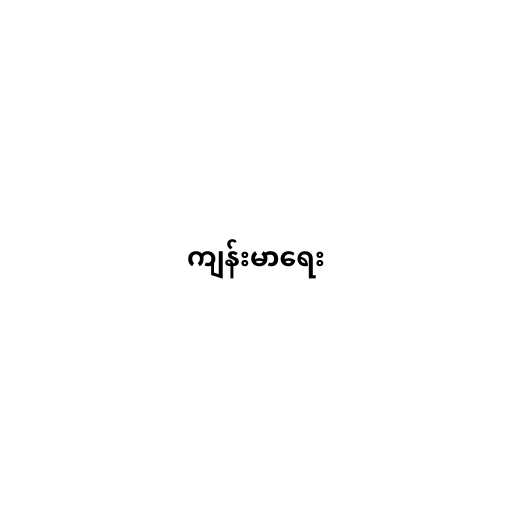
ကျန်းမာရေး